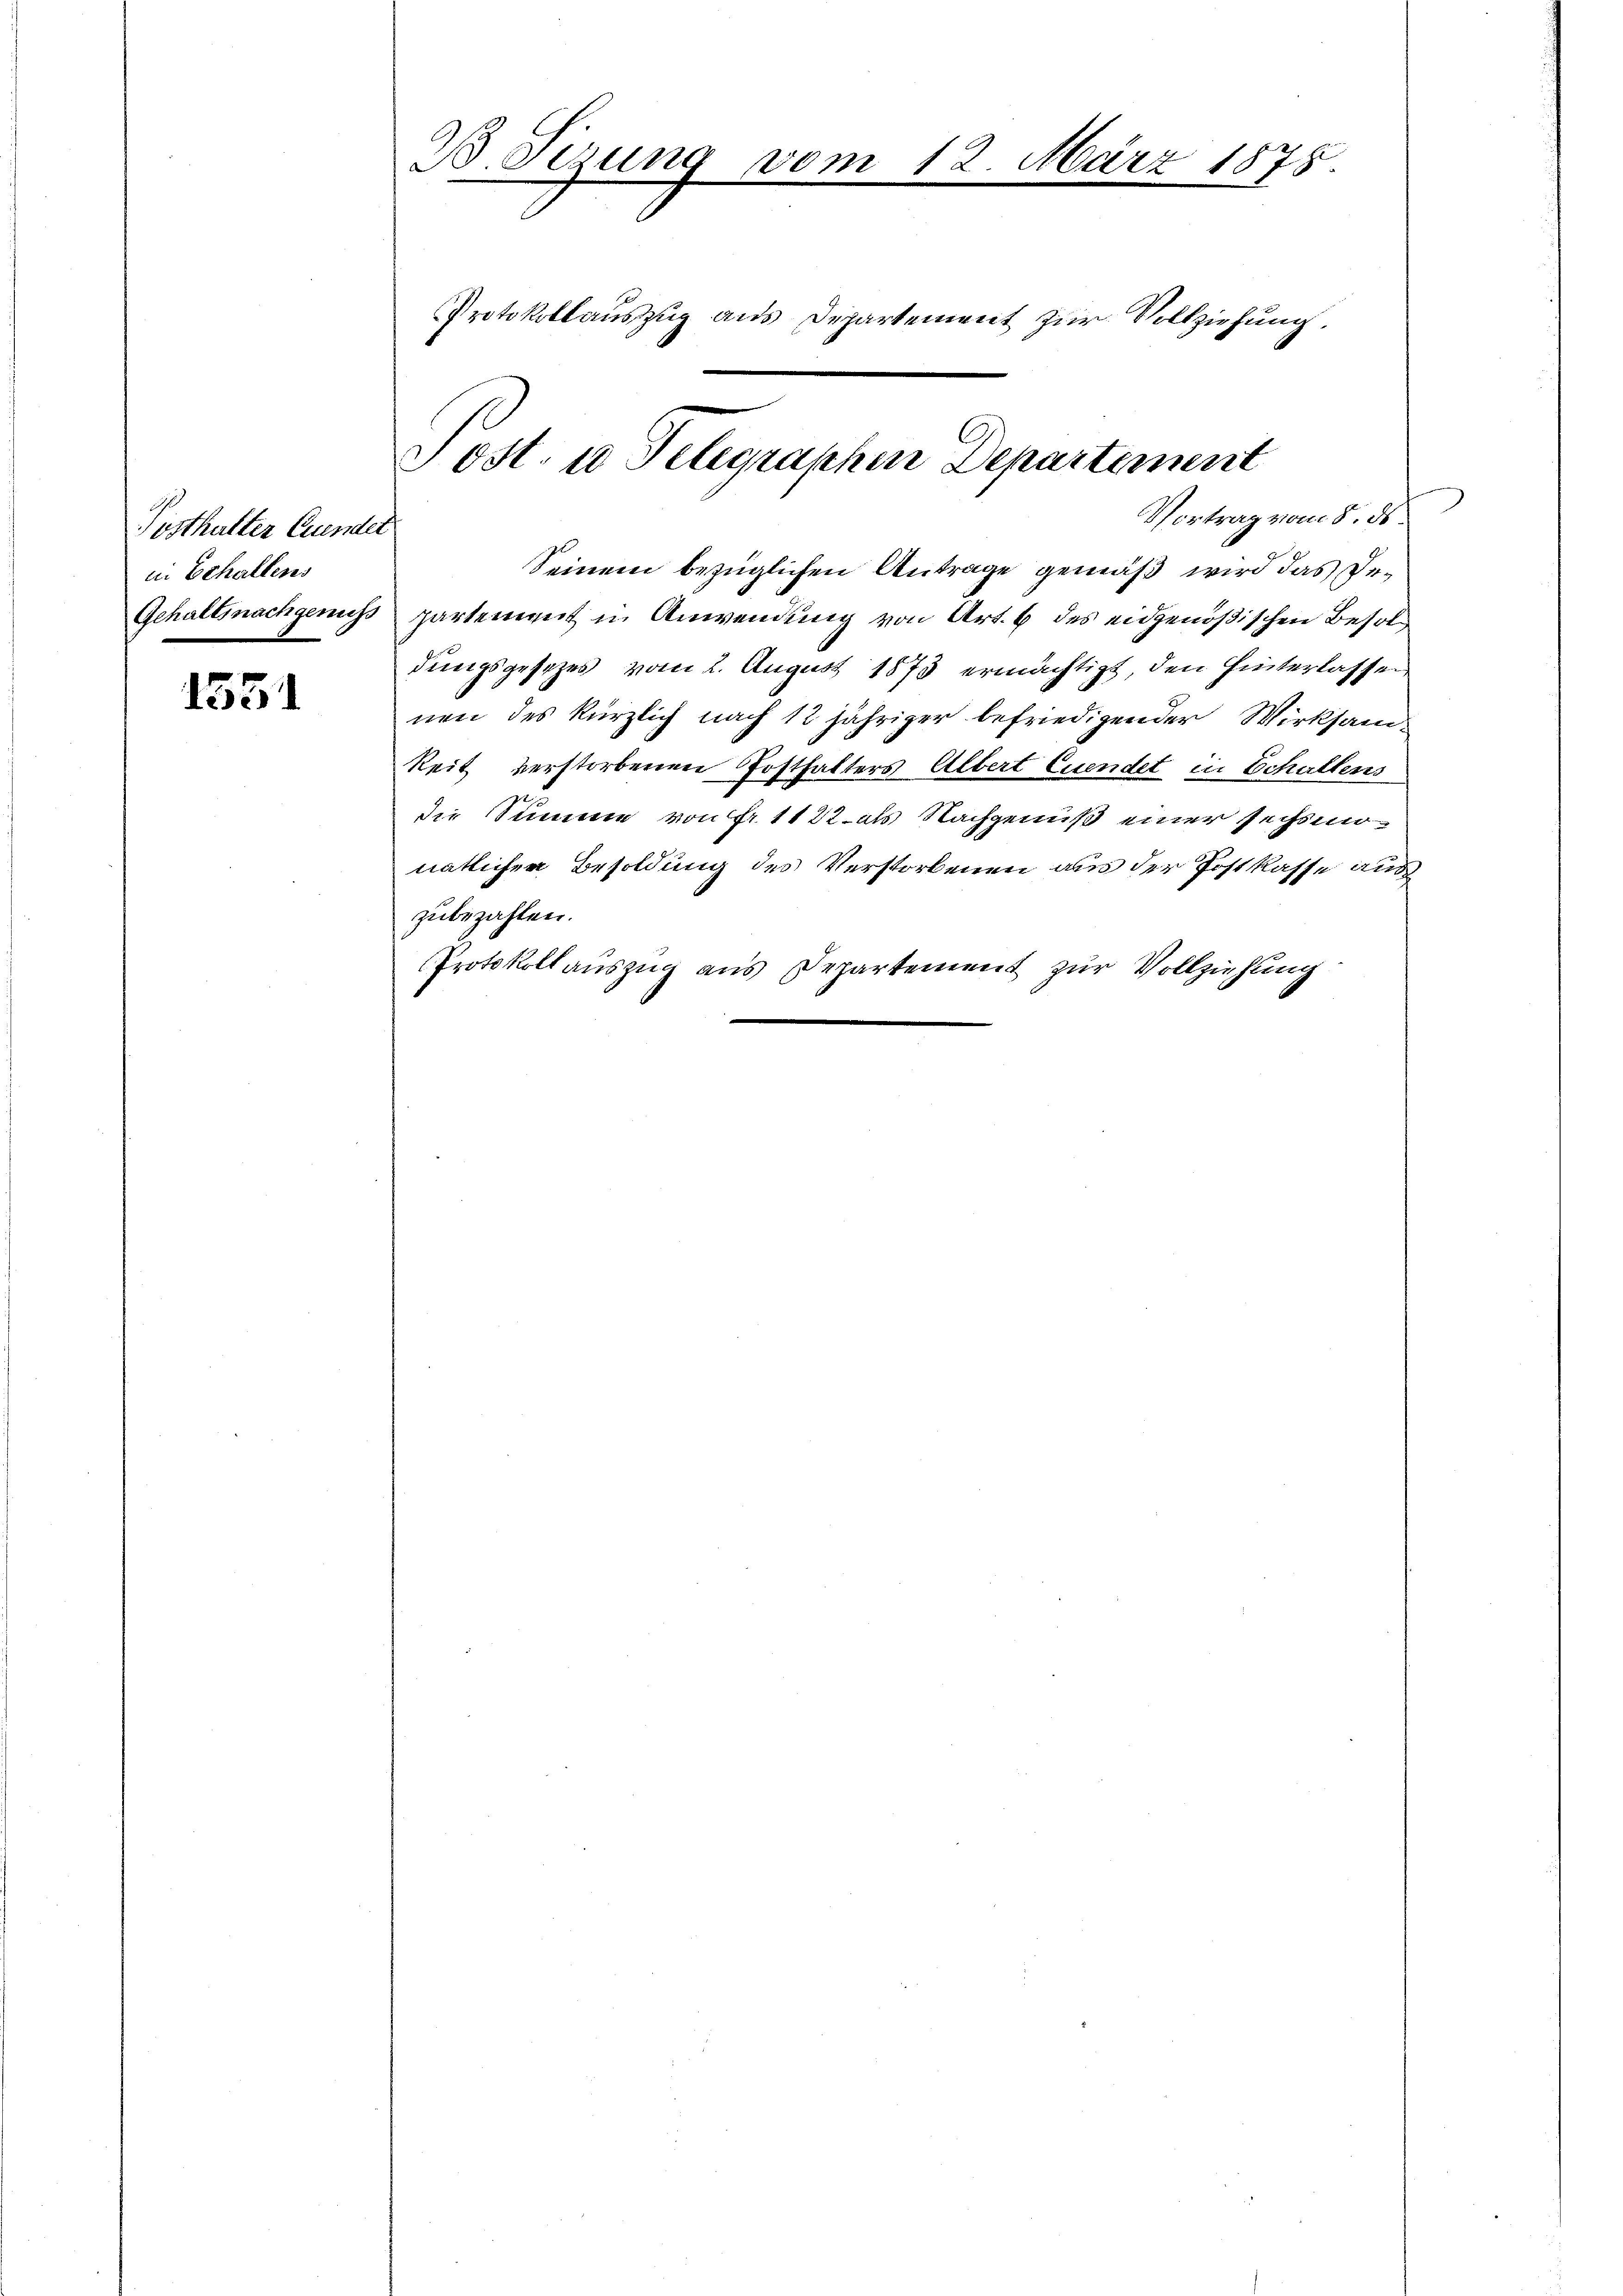
Pesthalter Grunder
in behaltens

1551

B Sizung vom 12. März 1875.
Protokollauszug aus Departement zur Vollziehung.

Post. u Telegraphen Departement
Vortrag vom 8. ds.

Seinem bezüglichen Antrage gemäß wird das De¬
Gehaltsnachgenus partement in Anwendung von Art. 6 des eidgenößischen Besoldungsgesezes vom 2. August 1873 ermächtigt, den Hinterlassen
nen des kürzlich nach 12 jähriger befriedigender Wirksamkeit verstorbenen Posthalters Albert Euendet in Schallens
die Summe von Fr. 1122 als Nachgenuß einer sechsmonatlichen Besoldung des Verstorbenen aus der Postkasse aus
zubezahlen.
Protokollauszug aus Departement zur Vollziehung